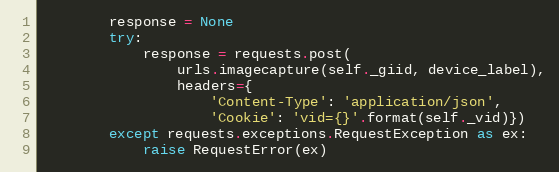
Language: Python
        response = None
        try:
            response = requests.post(
                urls.imagecapture(self._giid, device_label),
                headers={
                    'Content-Type': 'application/json',
                    'Cookie': 'vid={}'.format(self._vid)})
        except requests.exceptions.RequestException as ex:
            raise RequestError(ex)